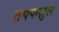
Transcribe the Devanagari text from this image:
तफ्फज़ुल